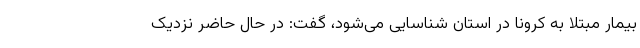
بیمار مبتلا به کرونا در استان شناسایی می‌شود، گفت: در حال حاضر نزدیک